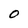
Character: O